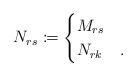
LaTeX: \begin{align*}N_{rs}\coloneqq \begin{cases}M_{rs}&\\N_{rk}&.\end{cases}\end{align*}